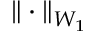
\| \cdot \| _ { W _ { 1 } }